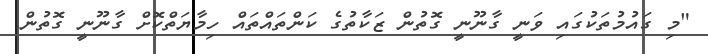
"މި ގައުމުތަކުގައި ވަނީ ގާނޫނީ ގޮތުން ޒަކާތުގެ ކަންތައްތައް ހިމާޔަތްކޮށް ގާނޫނީ ގޮތުން